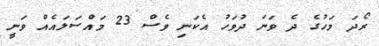
ރޯދަ މަހުގެ ދެ ވަނަ ދުވަހު އެކަނި ވެސް 23 މައްސަލައެއް ވަނީ